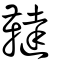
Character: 韃